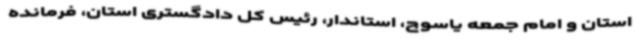
استان و امام جمعه یاسوج، استاندار، رئیس کل دادگستری استان، فرمانده